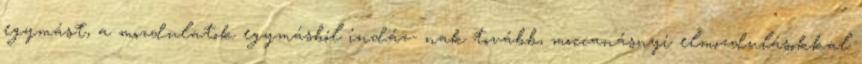
egymást, a mozdulatok egymásból indáz- nak tovább, moccanásnyi elmozdulásokkal